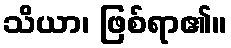
သိယာ၊ ဖြစ်ရာ၏။